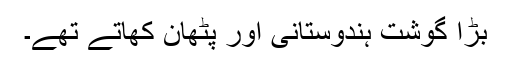
بڑا گوشت ہندوستانی اور پٹھان کھاتے تھے۔